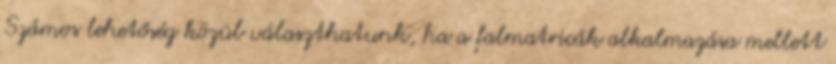
Számos lehetőség közül választhatunk, ha a falmatricák alkalmazása mellett